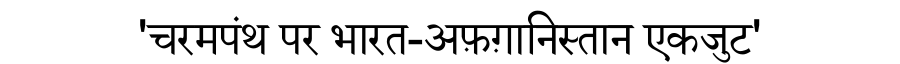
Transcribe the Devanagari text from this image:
'चरमपंथ पर भारत-अफ़ग़ानिस्तान एकजुट'